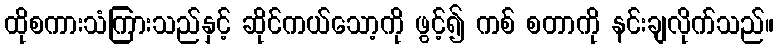
ထိုစကားသံကြားသည်နှင့် ဆိုင်ကယ်သော့ကို ဖွင့်၍ ကစ် စတာကို နင်းချလိုက်သည်။